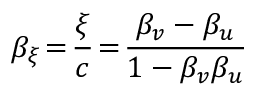
\beta _ { \xi } \! = \! \frac { \xi } { c } \! = \! \frac { \beta _ { v } - \beta _ { u } } { 1 - \beta _ { v } \beta _ { u } }